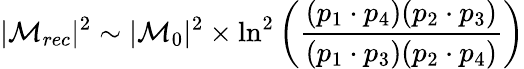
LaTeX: |\mathcal{M}_{rec}|^{2}\sim|\mathcal{M}_{0}|^{2}\times\ln^{2}\left(\frac{(p_{1}\cdot p_{4})(p_{2}\cdot p_{3})}{(p_{1}\cdot p_{3})(p_{2}\cdot p_{4})}\right)